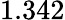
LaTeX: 1.342